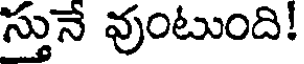
స్తునే వుంటుంది!